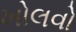
ખોલવો